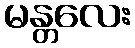
မန္တလေး